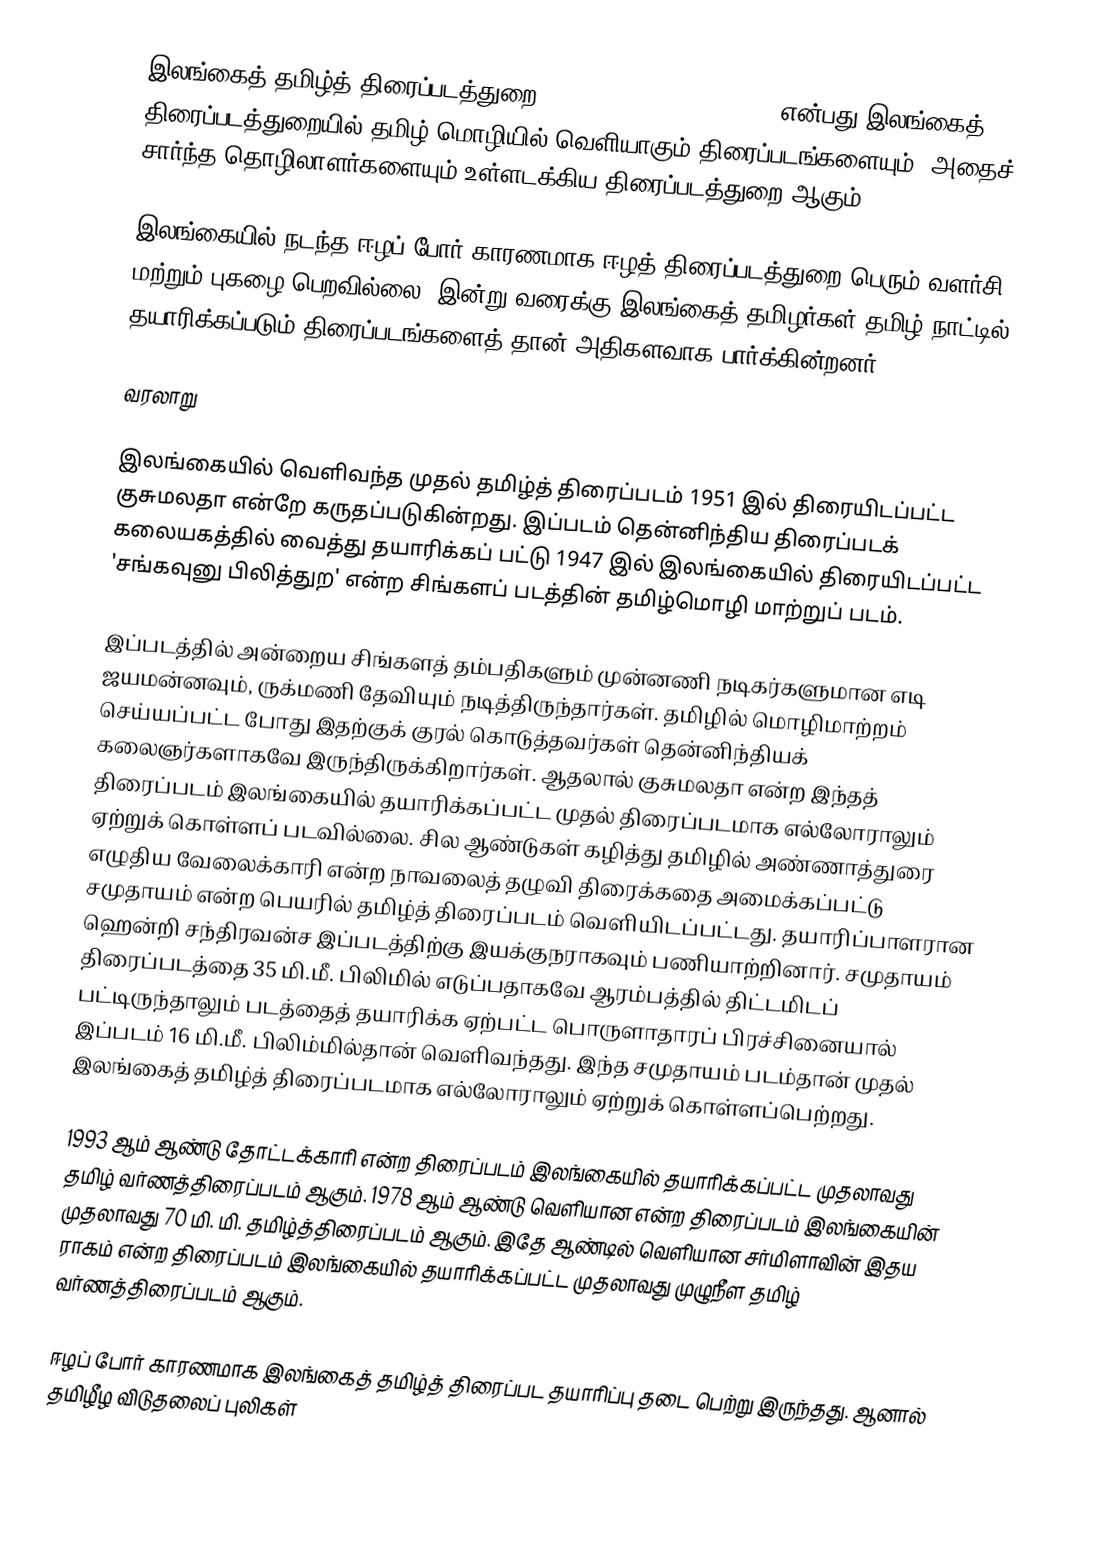
இலங்கைத் தமிழ்த் திரைப்படத்துறை (Sri Lankan Tamil cinema) என்பது இலங்கைத் திரைப்படத்துறையில் தமிழ் மொழியில் வெளியாகும் திரைப்படங்களையும், அதைச் சார்ந்த தொழிலாளர்களையும் உள்ளடக்கிய திரைப்படத்துறை ஆகும்.

இலங்கையில் நடந்த ஈழப் போர் காரணமாக ஈழத் திரைப்படத்துறை பெரும் வளர்சி மற்றும் புகழை பெறவில்லை. இன்று வரைக்கு இலங்கைத் தமிழர்கள் தமிழ் நாட்டில் தயாரிக்கப்படும் திரைப்படங்களைத் தான் அதிகளவாக பார்க்கின்றனர்.

வரலாறு

இலங்கையில் வெளிவந்த முதல் தமிழ்த் திரைப்படம் 1951 இல் திரையிடப்பட்ட குசுமலதா என்றே கருதப்படுகின்றது. இப்படம் தென்னிந்திய திரைப்படக் கலையகத்தில் வைத்து தயாரிக்கப் பட்டு 1947 இல் இலங்கையில் திரையிடப்பட்ட 'சங்கவுனு பிலித்துற' என்ற சிங்களப் படத்தின் தமிழ்மொழி மாற்றுப் படம்.

இப்படத்தில் அன்றைய சிங்களத் தம்பதிகளும் முன்னணி நடிகர்களுமான எடி ஜயமன்னவும், ருக்மணி தேவியும் நடித்திருந்தார்கள். தமிழில் மொழிமாற்றம் செய்யப்பட்ட போது இதற்குக் குரல் கொடுத்தவர்கள் தென்னிந்தியக் கலைஞர்களாகவே இருந்திருக்கிறார்கள். ஆதலால் குசுமலதா என்ற இந்தத் திரைப்படம் இலங்கையில் தயாரிக்கப்பட்ட முதல் திரைப்படமாக எல்லோராலும் ஏற்றுக் கொள்ளப் படவில்லை. சில ஆண்டுகள் கழித்து தமிழில் அண்ணாத்துரை எழுதிய வேலைக்காரி என்ற நாவலைத் தழுவி திரைக்கதை அமைக்கப்பட்டு சமுதாயம் என்ற பெயரில் தமிழ்த் திரைப்படம் வெளியிடப்பட்டது. தயாரிப்பாளரான ஹென்றி சந்திரவன்ச இப்படத்திற்கு இயக்குநராகவும் பணியாற்றினார். சமுதாயம் திரைப்படத்தை 35 மி.மீ. பிலிமில் எடுப்பதாகவே ஆரம்பத்தில் திட்டமிடப் பட்டிருந்தாலும் படத்தைத் தயாரிக்க ஏற்பட்ட பொருளாதாரப் பிரச்சினையால் இப்படம் 16 மி.மீ. பிலிம்மில்தான் வெளிவந்தது. இந்த சமுதாயம் படம்தான் முதல் இலங்கைத் தமிழ்த் திரைப்படமாக எல்லோராலும் ஏற்றுக் கொள்ளப்பெற்றது.

1993 ஆம் ஆண்டு தோட்டக்காரி என்ற திரைப்படம் இலங்கையில் தயாரிக்கப்பட்ட முதலாவது தமிழ் வர்ணத்திரைப்படம் ஆகும். 1978 ஆம் ஆண்டு வெளியான என்ற திரைப்படம் இலங்கையின் முதலாவது 70 மி. மி. தமிழ்த்திரைப்படம் ஆகும். இதே ஆண்டில் வெளியான சர்மிளாவின் இதய ராகம் என்ற திரைப்படம்  இலங்கையில் தயாரிக்கப்பட்ட முதலாவது முழுநீள தமிழ் வர்ணத்திரைப்படம் ஆகும்.

ஈழப் போர் காரணமாக இலங்கைத் தமிழ்த் திரைப்பட தயாரிப்பு தடை பெற்று இருந்தது. ஆனால் தமிழீழ விடுதலைப் புலிகள்